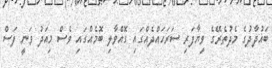
ބަޣުދާދުގެ މެދުތެރޭގެ ވިޔާފަރި ސަރަހައްދެއްގައި ގޮއްވާލި ބޮމެއްގައި ވެސް މިއަދު ވަނީ ފަސް